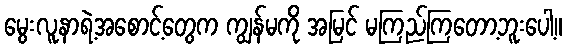
မွေးလူနာရဲ့အစောင့်တွေက ကျွန်မကို အမြင် မကြည်ကြတော့ဘူးပေါ့။